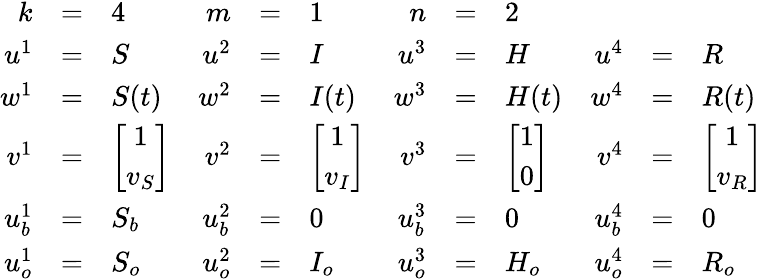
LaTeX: \begin{array}{rclrclrclrcl}{k}&{=}&{4}&{m}&{=}&{1}&{n}&{=}&{2}\\ {u^{1}}&{=}&{S}&{u^{2}}&{=}&{I}&{u^{3}}&{=}&{H}&{u^{4}}&{=}&{R}\\ {w^{1}}&{=}&{S(t)}&{w^{2}}&{=}&{I(t)}&{w^{3}}&{=}&{H(t)}&{w^{4}}&{=}&{R(t)}\\ {v^{1}}&{=}&{\left[\begin{array}{c}{1}\\ {v_{S}}\end{array}\right]}&{v^{2}}&{=}&{\left[\begin{array}{c}{1}\\ {v_{I}}\end{array}\right]}&{v^{3}}&{=}&{\left[\begin{array}{c}{1}\\ {0}\end{array}\right]}&{v^{4}}&{=}&{\left[\begin{array}{c}{1}\\ {v_{R}}\end{array}\right]}\\ {u_{b}^{1}}&{=}&{S_{b}}&{u_{b}^{2}}&{=}&{0}&{u_{b}^{3}}&{=}&{0}&{u_{b}^{4}}&{=}&{0}\\ {u_{o}^{1}}&{=}&{S_{o}}&{u_{o}^{2}}&{=}&{I_{o}}&{u_{o}^{3}}&{=}&{H_{o}}&{u_{o}^{4}}&{=}&{R_{o}}\end{array}